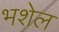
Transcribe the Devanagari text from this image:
भशेल